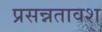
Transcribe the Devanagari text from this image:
प्रसन्नतावश